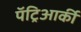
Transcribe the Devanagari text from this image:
पॅट्रिआर्की